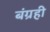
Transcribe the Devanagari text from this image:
बंग्रही